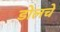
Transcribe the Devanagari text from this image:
डोलचे